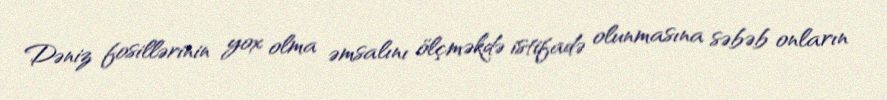
Dəniz fosillərinin yox olma əmsalını ölçməkdə istifadə olunmasına səbəb onların